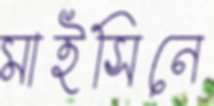
মাইসিনে